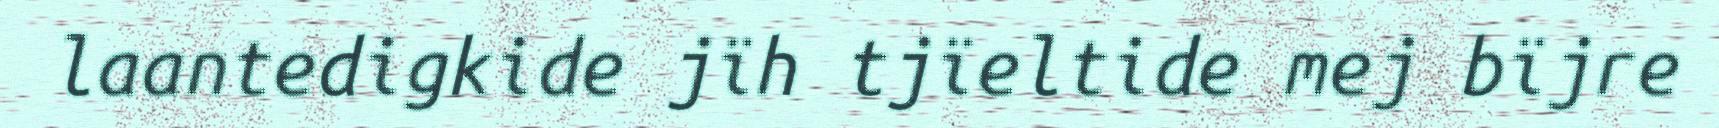
laantedigkide jïh tjïeltide mej bïjre